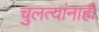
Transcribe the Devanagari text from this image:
चुलत्यांनाही